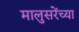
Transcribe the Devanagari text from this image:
मालुसरेंच्या